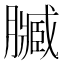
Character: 𮍄